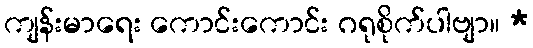
ကျန်းမာရေး ကောင်းကောင်း ဂရုစိုက်ပါဗျာ။ *